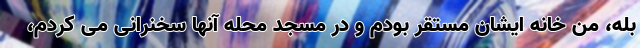
بله، من خانه ایشان مستقر بودم و در مسجد محله آنها سخنرانی می کردم،